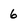
Character: 6